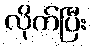
လိုက်ပြီး